Vaccination in Bombay 1902-1912 - 1902-1912
Year: 1902
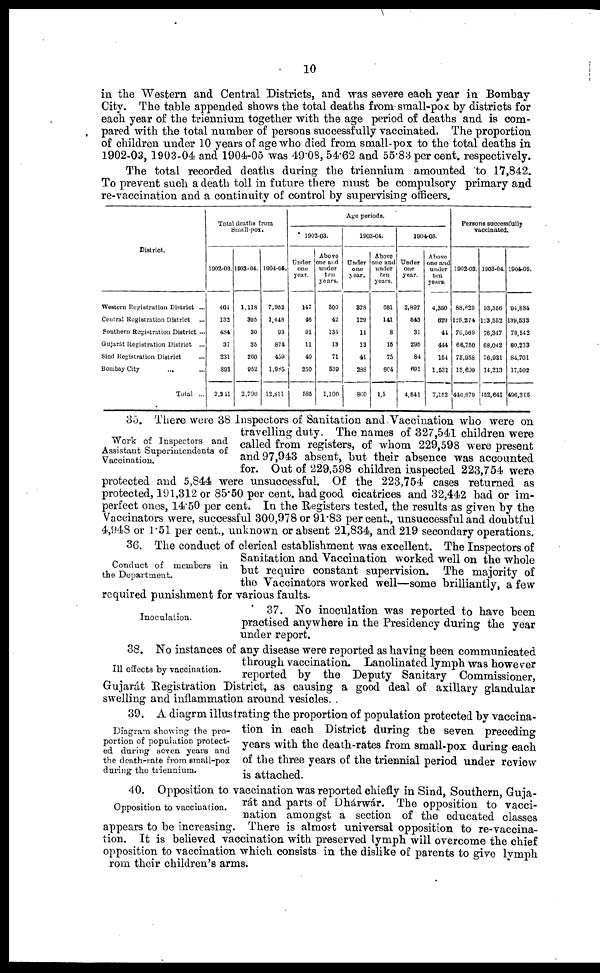
10
in the Western and Central Districts, and was severe each year in Bombay
City. The table appended shows the total deaths from small-pox by districts for
each year of the triennium together with the age period of deaths and is com-
pared with the total number of persons successfully vaccinated. The proportion
of children under 10 years of age who died from small-pox to the total deaths in
1902-03, 1903-04 and 1904-05 was 49.08, 54.62 and 55.83 per cent. respectively.
The total recorded deaths during the triennium amounted to 17,842.
To prevent such a death toll in future there must be compulsory primary and
re-vaccination and a continuity of control by supervising officers.
District.
Western Registration District ...
Central Registration District ...
Southern Registration District ...
Gujarát Registration District
...
Sind Registration District ...
Bombay City
... ...
Total ...
Total deaths from
Small-pox.
1902-03.
401
132
484
37
231
893
2,241
1903-04.
1,118
395
30
35
260
952
2,790
1904-05.
7,952
1,448
93
874
459
l,985
12,811
Age periods.
1903-03.
Under
one
year.
147
46
91
11
40
250
585
Above
one and
under
ten
years.
300
42
135
13
71
539
1,100
1903-04.
Under
one
year.
378
129
11
13
41
288
860
Above
one and
under
ten
years.
681
141
8
13
75
604
1,5
1904-05.
Under
one
year.
2,897
543
31
295
84
691
4,541
Above
one and
under
ten
years.
4,350
629
41
444
154
1,531
7,152
Persons successfully
vaccinated.
1902-03.
88,629
125,274
76,589
66,750
75,958
13,699
446,879
1903-04.
93,556
123,552
76,347
68,042
76,931
14,213
452,641
1904-05.
94,884
139,533
79,542
80,233
84,701
17,502
496,395
Work of Inspectors and
Assistant Superintendents of
Vaccination.
35. There were 38 Inspectors of Sanitation and Vaccination who were on
travelling duty. The names of 327,541 children were
called from registers, of whom 229,598 were present
and 97,943 absent, but their absence was accounted
for. Out of 229,598 children inspected 223,754 were
protected and 5,844 were unsuccessful. Of the 223,754 cases returned as
protected, 191,312 or 85.50 per cent. had good cicatrices and 32,442 bad or im-
perfect ones, 14.50 per cent. In the Registers tested, the results as given by the
Vaccinators were, successful 300,978 or 91.83 per cent., unsuccessful and doubtful
4,948 or 1.51 per cent., unknown or absent 21,834, and 219 secondary operations.
Conduct of members in
the Department.
36. The conduct of clerical establishment was excellent. The Inspectors of
Sanitation and Vaccination worked well on the whole
but require constant supervision. The majority of
the Vaccinators worked well—some brilliantly, a few
required punishment for various faults.
Inoculation.
37. No inoculation was reported to have been
practised anywhere in the Presidency during the year
under report.
Ill effects by vaccination.
38. No instances of any disease were reported as having been communicated
through vaccination. Lanolinated lymph was however
reported by the Deputy Sanitary Commissioner,
Gujarát Registration District, as causing a good deal of axillary glandular
swelling and inflammation around vesicles.
Diagram showing the pro-
portion of population protect-
ed during seven years and
the death-rate from small-pox
during the triennium.
39. A diagrm illustrating the proportion of population protected by vaccina-
tion in each District during the seven preceding
years with the death-rates from small-pox during each
of the three years of the triennial period under review
is attached.
Opposition to vaccination.
40. Opposition to vaccination was reported chiefly in Sind, Southern, Guja-
rát and parts of Dhárwár. The opposition to vacci-
nation amongst a section of the educated classes
appears to be increasing. There is almost universal opposition to re-vaccina-
tion. It is believed vaccination with preserved lymph will overcome the chief
opposition to vaccination which consists in the dislike of parents to give lymph
rom their children's arms.